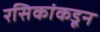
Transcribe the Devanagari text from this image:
रसिकांकडून